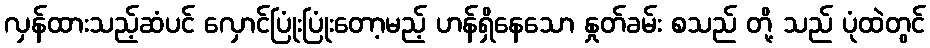
လှန်ထားသည့်ဆံပင် လှောင်ပြုံးပြုံးတော့မည့် ဟန်ရှိနေသော နှုတ်ခမ်း စသည် တို့ သည် ပုံထဲတွင်